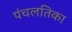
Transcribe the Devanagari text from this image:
पंचलतिका